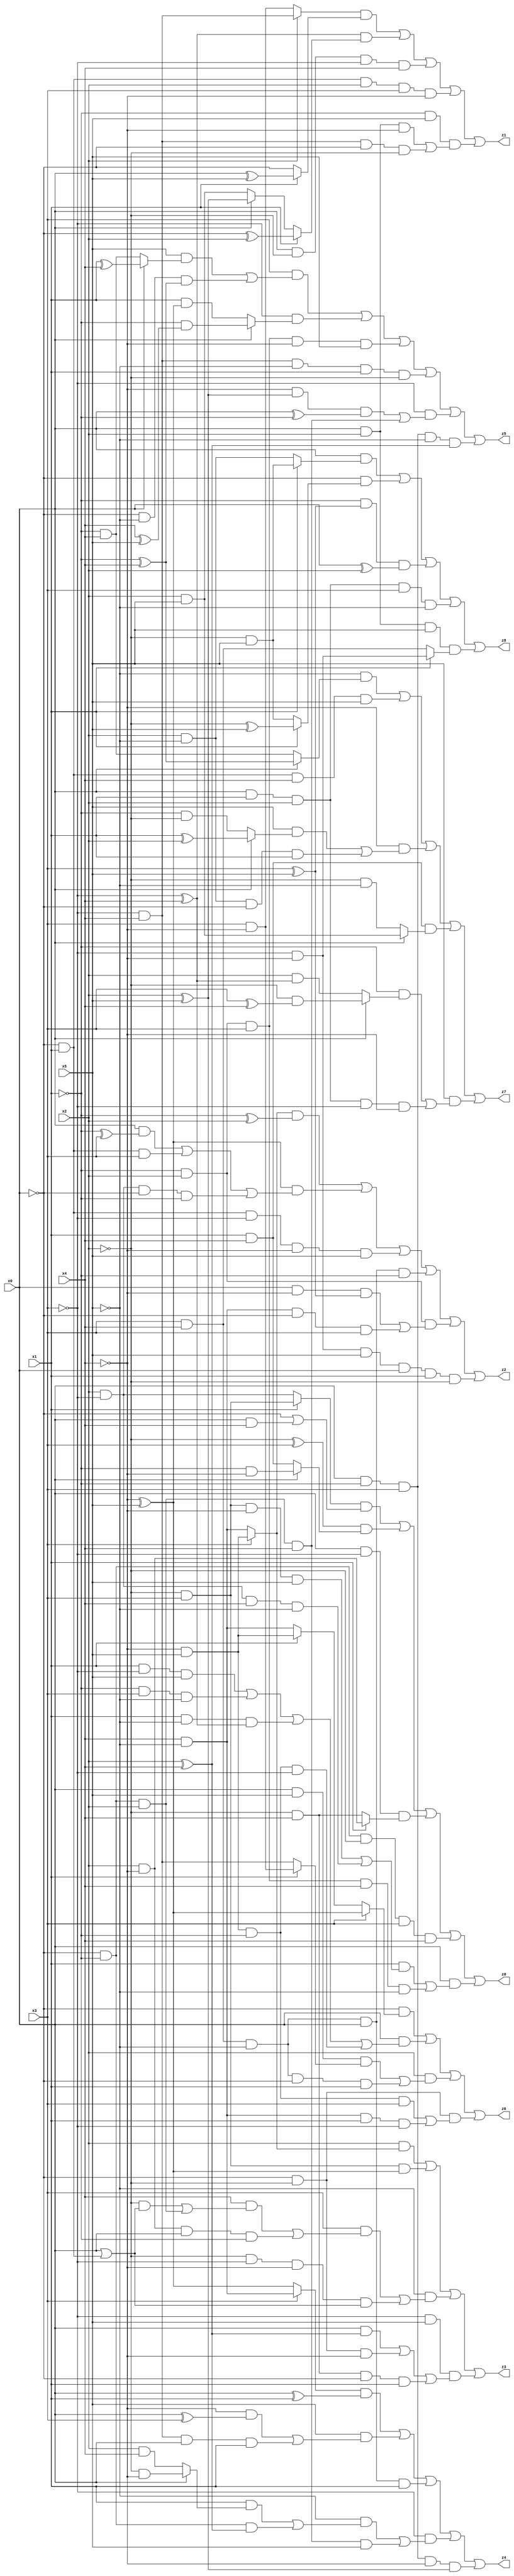
// Benchmark "X_52" written by ABC on Mon Jun 05 23:03:33 2023

module X_52 ( 
    x0, x1, x2, x3, x4, x5,
    z0, z1, z2, z3, z4, z5, z6, z7, z8  );
  input  x0, x1, x2, x3, x4, x5;
  output z0, z1, z2, z3, z4, z5, z6, z7, z8;
  assign z0 = ((x1 ? (~x2 & x3) : (x2 & ~x3)) & (~x0 | (x0 & x4))) | ((~x2 ^ x3) & (x0 ? (~x1 & ~x4) : (x1 & x4))) | (x0 & ~x3 & (x1 ? (x2 & ~x4) : (~x2 & x4))) | (~x0 & ~x1 & ~x2 & x3 & x4) | (x0 & ((x1 & ((~x2 & x3 & ~x4 & x5) | (x2 & ~x3 & x4 & ~x5))) | (~x1 & x2 & x3 & x4 & ~x5)));
  assign z1 = ((x2 ? (~x3 & x4) : (x3 & ~x4)) & (x1 ? (x0 ^ x5) : ~x0)) | ((~x3 ^ x4) & (x1 ? (~x0 ^ x2) : (x0 ? (x2 ^ x5) : (x2 & x5)))) | (x0 & ~x2 & ~x3 & x4) | (~x0 & x1 & x2 & x3 & ~x4) | (~x1 & x5 & ((x0 & x2 & ~x4) | (~x3 & x4 & ~x0 & ~x2)));
  assign z2 = ((x3 ? (~x4 & x5) : (x4 & ~x5)) & (~x1 ^ x2)) | ((~x4 ^ x5) & ((x0 & (~x1 ^ x3)) | (~x0 & x1 & x3) | (x2 & ~x3 & ~x0 & ~x1))) | (~x0 & x1 & ~x3 & ~x4 & x5) | (x3 & x4 & ~x5 & x0 & ~x1) | (~x1 & x2 & ((x0 & ~x4 & (x3 ^ x5)) | (x4 & ~x5 & ~x0 & x3))) | (~x3 & ~x4 & x5 & x0 & x1 & ~x2);
  assign z3 = (x2 & (x3 ? (~x4 & x5) : (x4 & ~x5))) | (~x2 & x3 & (~x4 ^ x5)) | (~x5 & ((x3 & ((x4 & ((~x2 & (x0 | (~x0 & x1))) | (~x0 & ~x1 & x2))) | (x2 & ~x4 & x0 & ~x1))) | (~x2 & ~x3 & ~x4 & (x0 | (~x0 & x1))))) | (~x3 & x5 & ((x0 & (x2 ^ x4)) | (~x0 & ~x2 & ~x4) | (~x2 & x4 & ~x0 & x1)));
  assign z4 = ((x3 ? (x4 & ~x5) : (~x4 ^ x5)) & (x0 ^ x1)) | (x5 & ((~x4 & (x0 ^ x3)) | (~x3 & x4 & x0 & x1))) | (x3 & x4 & ~x5 & x0 & x1) | (~x3 & ((~x5 & ((x1 & (x0 ? (~x2 & ~x4) : (x2 & x4))) | (~x0 & ~x1 & (x2 ^ x4)))) | (~x0 & ~x1 & x2 & x4 & x5))) | (x0 & ~x1 & x3 & ~x4 & (x2 ^ x5));
  assign z5 = (x3 & ((x5 & (x0 ? (x1 ^ x4) : (~x1 & x4))) | (~x0 & ~x5 & (~x1 ^ x4)))) | (~x3 & (x0 ? (~x1 & (x4 ^ x5)) : (x1 & (~x4 ^ x5)))) | (~x1 & x2 & x3 & ~x4 & x5) | (~x3 & x4 & ~x5 & x1 & ~x2) | (~x3 & ((~x4 & (x2 ^ x5) & (x0 ^ ~x1)) | (~x0 & ~x1 & x2 & x4))) | (x0 & ~x1 & x3 & ~x5 & (x2 ^ x4));
  assign z6 = (~x0 & (x3 ? (~x4 ^ x5) : (x1 ? (~x4 & x5) : (x4 & ~x5)))) | (x0 & ((x1 & ~x3 & x5) | (~x1 & x3 & ~x5) | (x1 & ~x5 & (~x3 ^ x4)) | (~x4 & x5 & ~x1 & ~x3))) | (x2 & ((x0 & x5 & (x1 ? (x3 & ~x4) : (~x3 & x4))) | (x3 & x4 & ~x5 & ~x0 & x1))) | (~x0 & ~x2 & ((~x4 & x5 & ~x1 & x3) | (x4 & ~x5 & x1 & ~x3)));
  assign z7 = (~x5 & (x0 ? (~x1 ^ x4) : (~x1 & x4))) | (~x0 & x1 & x4 & x5) | (~x4 & ((x5 & (x0 ? (x1 ^ x2) : (~x1 & ~x2))) | (x2 & ~x5 & ~x0 & x1))) | (x1 & x4 & (x0 ? (x2 & x5) : (~x2 & ~x5))) | (x5 & ((~x1 & (x0 ? (~x2 & (x3 ^ x4)) : (x2 & (~x3 ^ x4)))) | (x0 & x1 & x2 & ~x3 & ~x4)));
  assign z8 = (x0 & (x1 ? (~x2 & x5) : (x2 & ~x5))) | (~x0 & (x1 ? (~x2 ^ x5) : (~x2 & x5))) | (~x1 & (x3 ^ x5) & (x0 ^ x2)) | (x0 & x1 & x2 & x3 & ~x5) | (x0 & x2 & x5 & (x1 ? (~x3 & ~x4) : (x3 & x4)));
endmodule